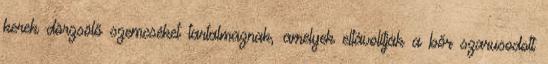
kerek dörzsölő szemcséket tartalmaznak, amelyek eltávolítják a bőr szarusodott